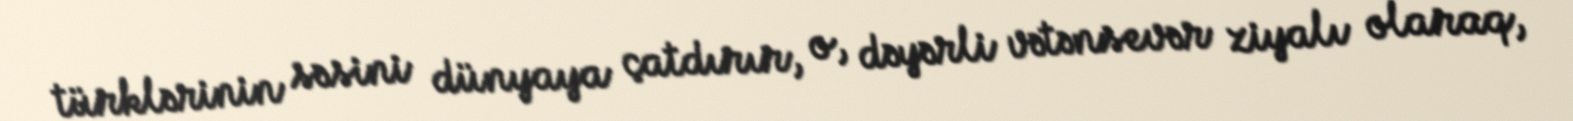
türklərinin səsini dünyaya çatdırır, o, dəyərli vətənsevər ziyalı olaraq,